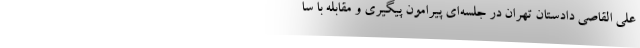
علی القاصی دادستان تهران در جلسه‌ای پیرامون پیگیری و مقابله با سا